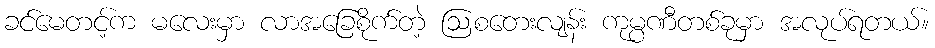
ခင်မေတင့်က မလေးမှာ လာအခြေစိုက်တဲ့ ဩစတေးလျန်း ကုမ္ပဏီတစ်ခုမှာ အလုပ်ရတယ်။